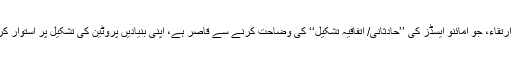
نظریہ ارتقاء، جو امائنو ایسڈز کی ’’حادثانی/ اتفاقیہ تشکیل‘‘ کی وضاحت کرنے سے قاصر ہے، اپنی بنیادیں پروٹین کی تشکیل پر استوار کرتا ہے۔